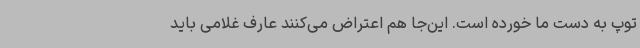
توپ به دست ما خورده است. این‌جا هم اعتراض می‌کنند عارف غلامی باید